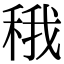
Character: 𬓬